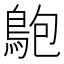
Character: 䳈